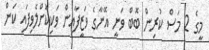
މީގެ 2 މަސް ކުރިން ބޮބް ވަނީ އޭނާގެ ވަޒީފާއިން ވަކިކޮށްލެވިފައި ކަން